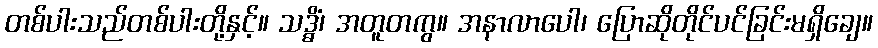
တစ်ပါးသည်တစ်ပါးတို့နှင့်။ သဒ္ဓိံ၊ အတူတကွ။ အနာလာပေါ၊ ပြောဆိုတိုင်ပင်ခြင်းမရှိချေ။